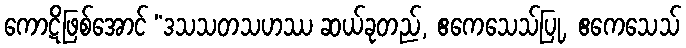
ကောဋိဖြစ်အောင် “ဒသသတသဟဿ ဆယ်ခုတည်, ဧကေသေသ်ပြု, ဧကေသေသ်